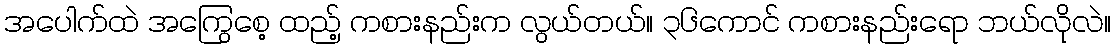
အပေါက်ထဲ အကြွေစေ့ ထည့် ကစားနည်းက လွယ်တယ်။ ၃၆ကောင် ကစားနည်းရော ဘယ်လိုလဲ။